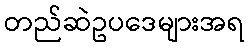
တည်ဆဲဥပဒေများအရ